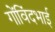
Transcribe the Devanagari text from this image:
गोंविंदभाई